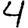
Digit: 4